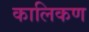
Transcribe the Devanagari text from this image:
कालिकण